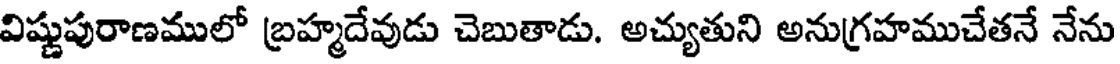
విష్ణుపురాణములో బ్రహ్మదేవుడు చెబుతాడు. అచ్యుతుని అనుగ్రహముచేతనే నేను